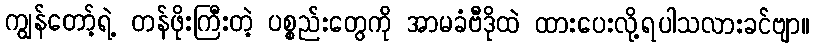
ကျွန်တော့်ရဲ့ တန်ဖိုးကြီးတဲ့ ပစ္စည်းတွေကို အာမခံဗီဒိုထဲ ထားပေးလို့ရပါသလားခင်ဗျာ။